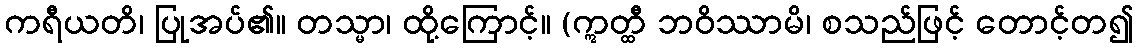
ကရီယတိ၊ ပြုအပ်၏။ တသ္မာ၊ ထို့ကြောင့်။ (ဣတ္ထီ ဘဝိဿာမိ၊ စသည်ဖြင့် တောင့်တ၍